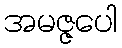
အမဇ္ဇပေါ